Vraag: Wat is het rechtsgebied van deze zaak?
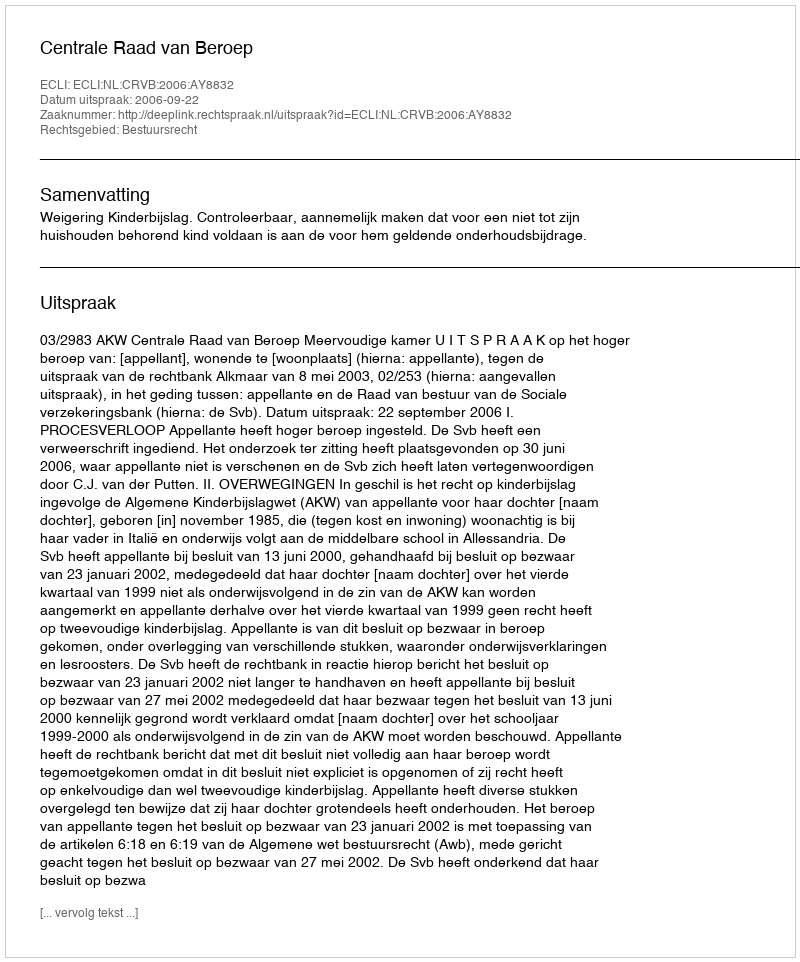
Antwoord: Bestuursrecht